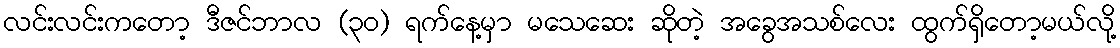
လင်းလင်းကတော့ ဒီဇင်ဘာလ (၃၀) ရက်နေ့မှာ မသေဆေး ဆိုတဲ့ အခွေအသစ်လေး ထွက်ရှိတော့မယ်လို့